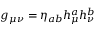
g _ { \mu \nu } = \eta _ { a b } h _ { \mu } ^ { a } h _ { \nu } ^ { b }